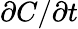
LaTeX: \partial C/\partial t